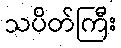
သပိတ်ကြီး